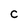
Character: C